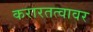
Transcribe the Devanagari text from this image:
करारतत्वावर